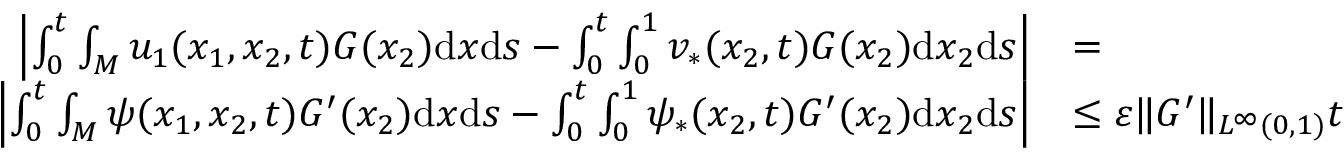
\begin{array} { r l } { \left| \int _ { 0 } ^ { t } \int _ { M } u _ { 1 } ( x _ { 1 } , x _ { 2 } , t ) G ( x _ { 2 } ) \mathrm { d } x \mathrm { d } s - \int _ { 0 } ^ { t } \int _ { 0 } ^ { 1 } v _ { * } ( x _ { 2 } , t ) G ( x _ { 2 } ) \mathrm { d } x _ { 2 } \mathrm { d } s \right| } & { = } \\ { \left| \int _ { 0 } ^ { t } \int _ { M } \psi ( x _ { 1 } , x _ { 2 } , t ) G ^ { \prime } ( x _ { 2 } ) \mathrm { d } x \mathrm { d } s - \int _ { 0 } ^ { t } \int _ { 0 } ^ { 1 } \psi _ { * } ( x _ { 2 } , t ) G ^ { \prime } ( x _ { 2 } ) \mathrm { d } x _ { 2 } \mathrm { d } s \right| } & { \leq \varepsilon \| G ^ { \prime } \| _ { L ^ { \infty } ( 0 , 1 ) } t } \end{array}